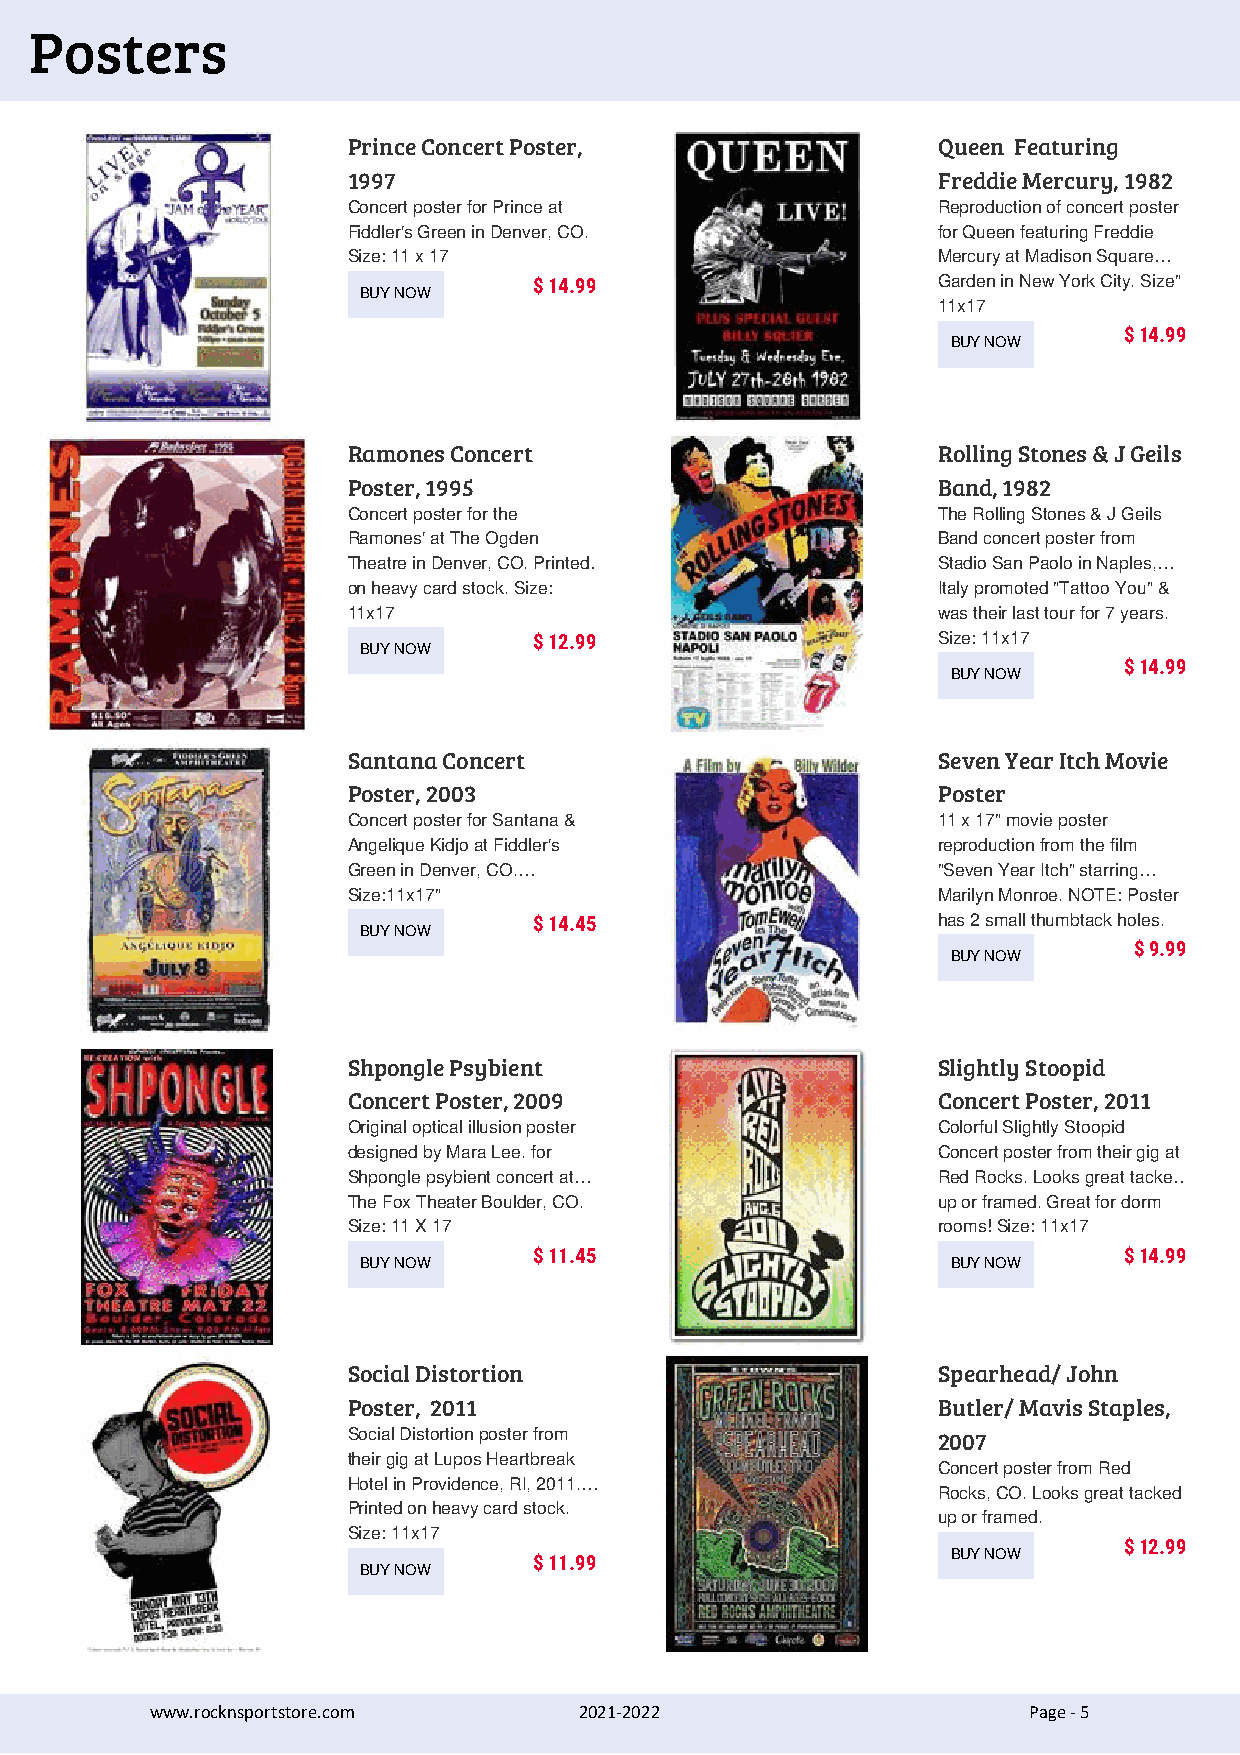
Posters
 Prince Concert Poster,                 Queen Featuring
 1997                                   Freddie Mercury, 1982
 Concert poster for Prince at           Reproduction of concert poster
 Fiddler's Green in Denver, CO.         for Queen featuring Freddie
 Size: 11 x 17                          Mercury at Madison Square…
 $ 14.99                    Garden in New York City. Size"
 BUY NOW
 11x17
 $ 14.99
 BUY NOW
 Ramones Concert                        Rolling Stones & J Geils
 Poster, 1995                           Band, 1982
 Concert poster for the                 The Rolling Stones & J Geils
 Ramones' at The Ogden                  Band concert poster from
 Theatre in Denver, CO. Printed…        Stadio San Paolo in Naples,…
 on heavy card stock. Size:             Italy promoted "Tattoo You" &
 11x17                                  was their last tour for 7 years.
 $ 12.99                    Size: 11x17
 BUY NOW
 $ 14.99
 BUY NOW
 Santana Concert                        Seven Year Itch Movie
 Poster, 2003                           Poster
 Concert poster for Santana &           11 x 17" movie poster
 Angelique Kidjo at Fiddler's           reproduction from the film
 Green in Denver, CO.…                  "Seven Year Itch" starring…
 Size:11x17"                            Marilyn Monroe. NOTE: Poster
 $ 14.45                    has 2 small thumbtack holes.
 BUY NOW
 $ 9.99
 BUY NOW
 Shpongle Psybient                      Slightly Stoopid
 Concert Poster, 2009                   Concert Poster, 2011
 Original optical illusion poster       Colorful Slightly Stoopid
 designed by Mara Lee. for              Concert poster from their gig at
 Shpongle psybient concert at…          Red Rocks. Looks great tacke…
 The Fox Theater Boulder, CO.           up or framed. Great for dorm
 Size: 11 X 17                          rooms! Size: 11x17
 $ 11.45                                $ 14.99
 BUY NOW                                BUY NOW
 Social Distortion                      Spearhead/ John
 Poster, 2011                           Butler/ Mavis Staples,
 Social Distortion poster from          2007
 their gig at Lupos Heartbreak
 Concert poster from Red
 Hotel in Providence, RI, 2011.…
 Rocks, CO. Looks great tacked
 Printed on heavy card stock.
 up or framed.
 Size: 11x17
 $ 12.99
 BUY NOW
 $ 11.99
 BUY NOW
 www.rocknsportstore.com     2021-2022                     Page - 5